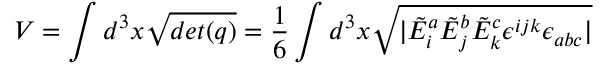
V = \int d ^ { 3 } x { \sqrt { d e t ( q ) } } = { \frac { 1 } { 6 } } \int d ^ { 3 } x { \sqrt { | { \tilde { E } } _ { i } ^ { a } { \tilde { E } } _ { j } ^ { b } { \tilde { E } } _ { k } ^ { c } \epsilon ^ { i j k } \epsilon _ { a b c } | } }